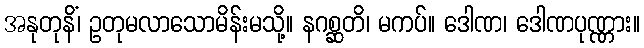
အနုတုနိံ၊ ဥတုမလာသောမိန်းမသို့။ နဂစ္ဆတိ၊ မကပ်။ ဒေါဏ၊ ဒေါဏပုဏ္ဏား။